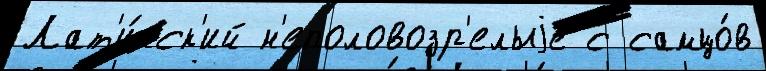
Лат'и́нск'ий н'еполовозр'елыjе с самцо́в